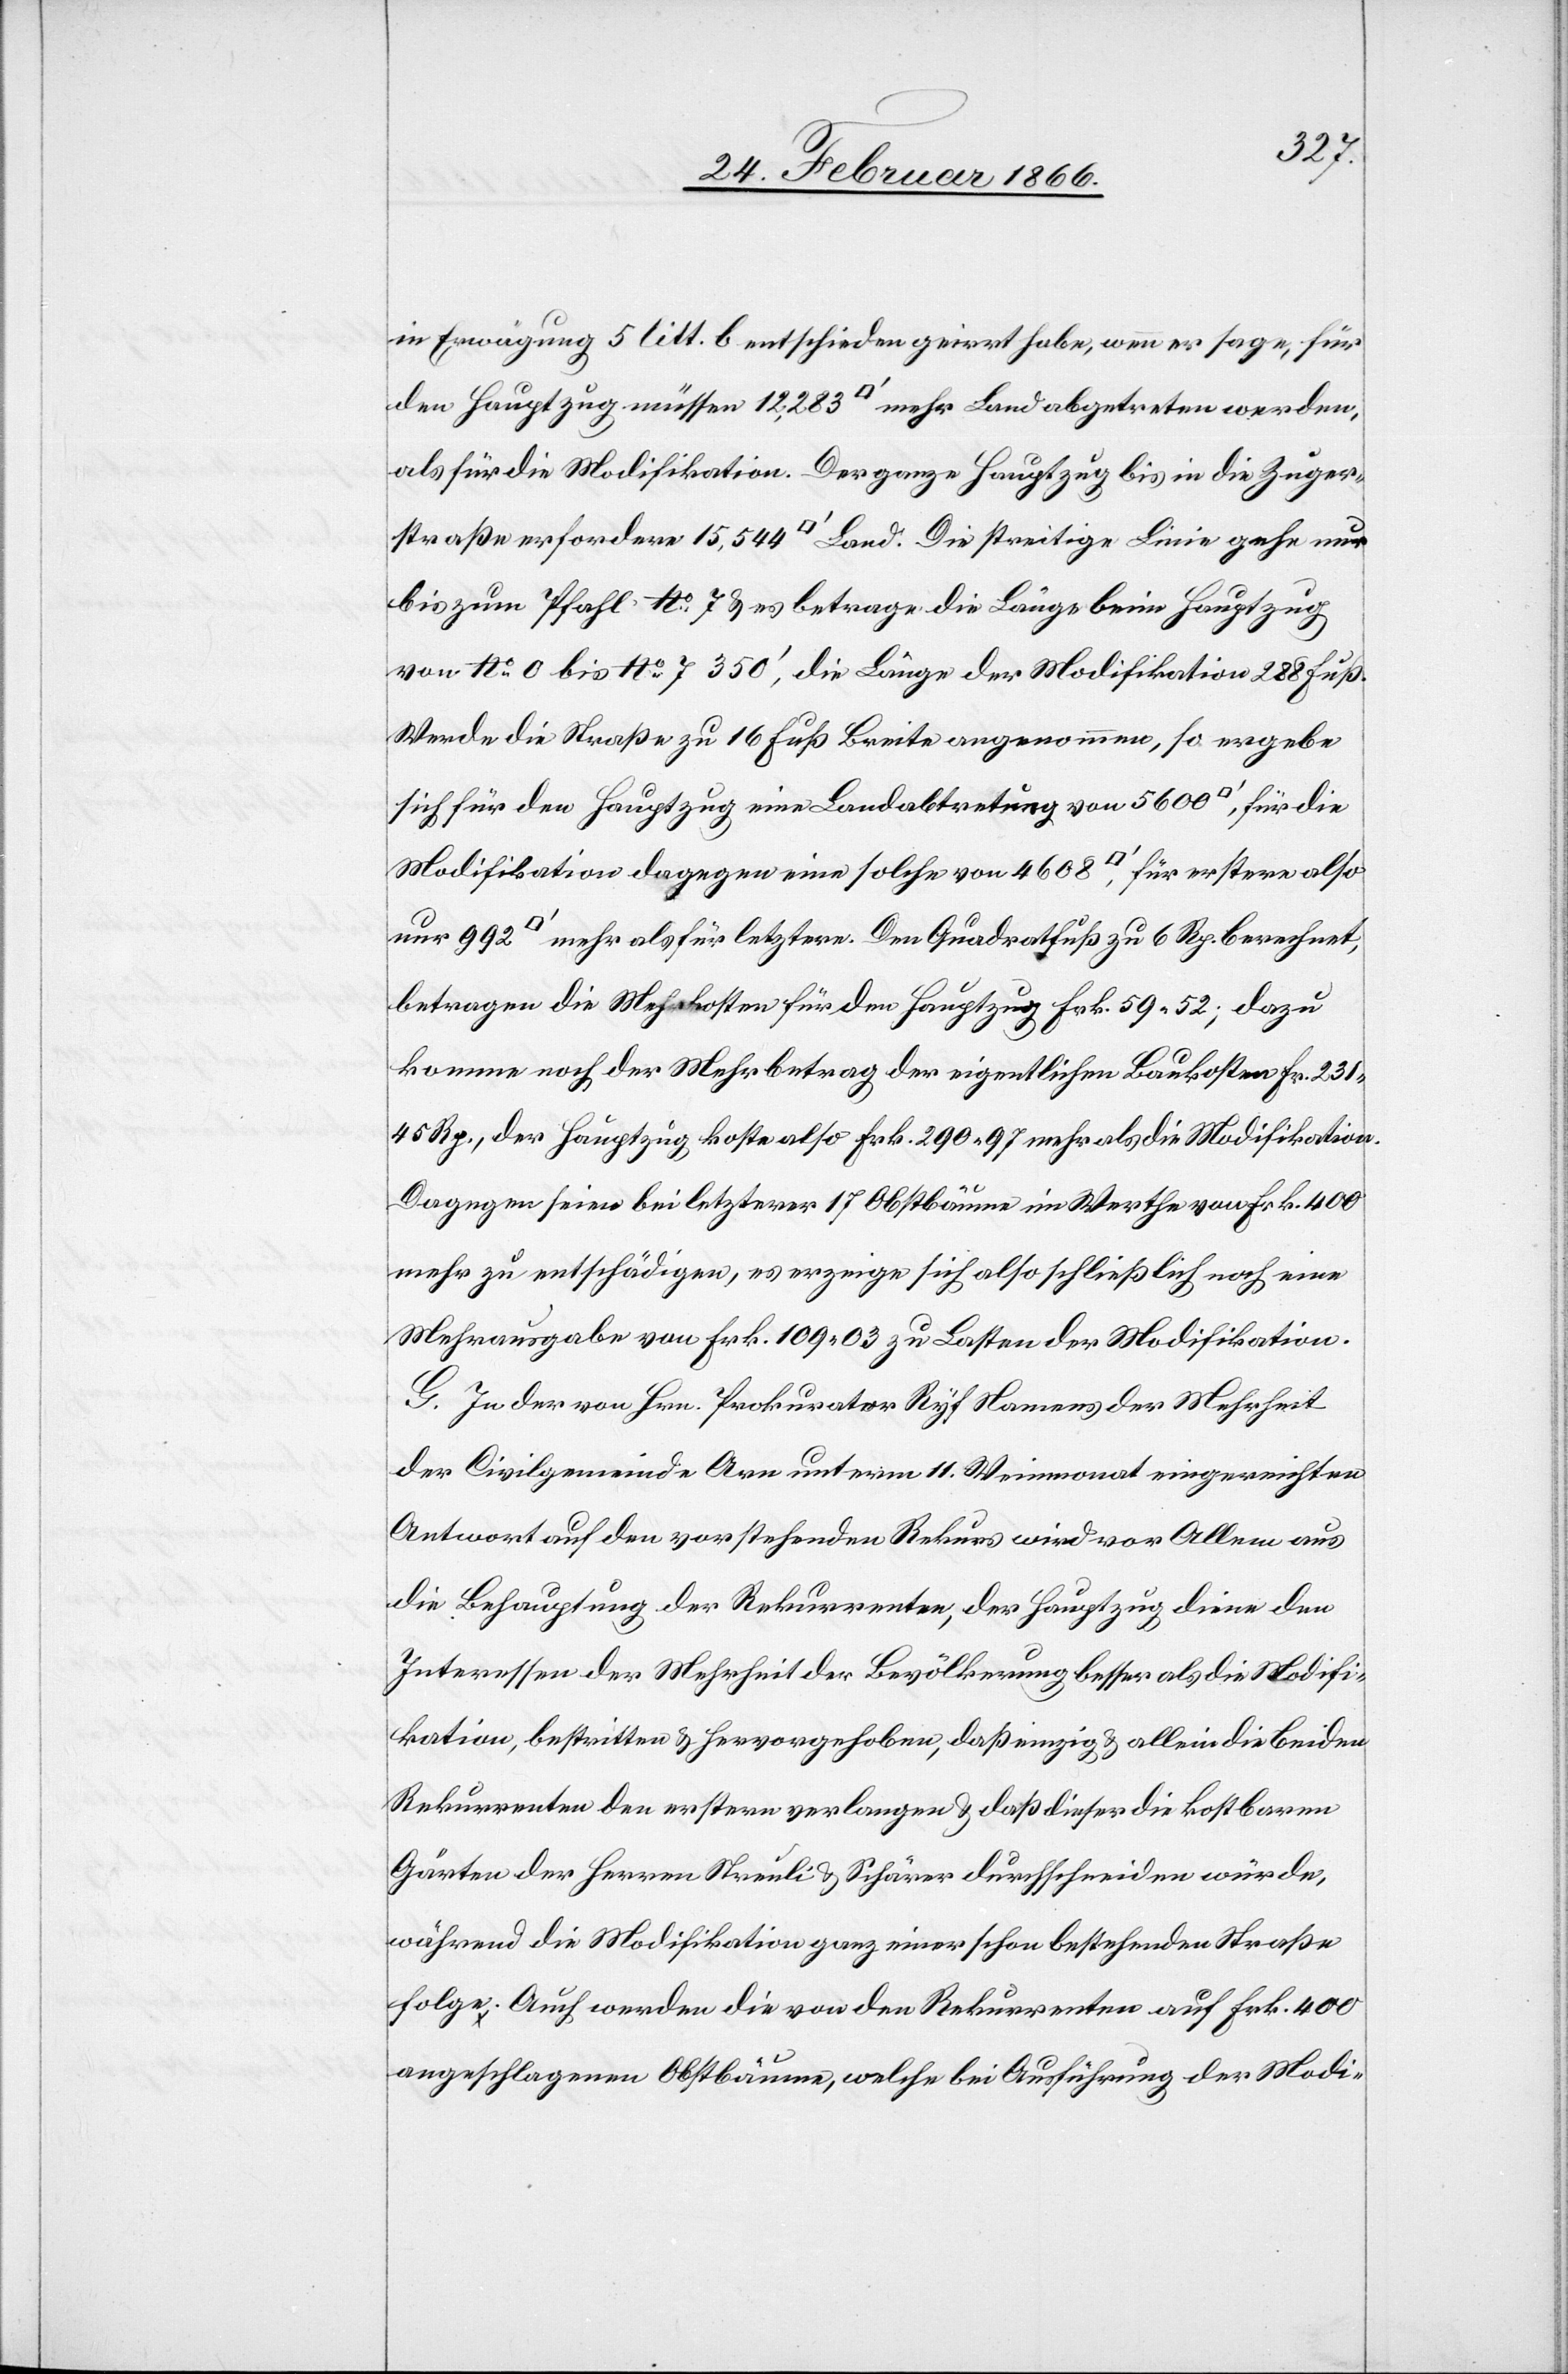
in Erwägung 5 litt. b entschieden geirrt habe, wenn er sage, für
den Hauptzug müssen 12 283 [Quadratfuß] mehr Land abgetreten werden,
als für die Modifikation. Der ganze Hauptzug bis in die Zuger¬
straße erfordere 15 544 [Quadratfuß] Land. Die streitige Linie gehe nur
bis zum Pfahl No. 7 u. es betrage die Länge beim Hauptzug
von No. 0 bis No. 7 350‘, die Länge der Modifikation 288 Fuß.
Werde die Straße zu 16 Fuß Breite angenommen, so ergebe
sich für den Hauptzug eine Landabtretung von 5600 [Quadratfuß], für die
Modifikation dagegen eine solche von 4608 [Quadratfuß], für erstern also
[Quadratfuß] mehr als für letztern. Den Quadratfuß zu 6 Rp. berechnet
betragen die Mehrkosten für den Hauptzug Frk. 59 52, dazu
komme noch der Mehrbetrag der eigentlichen Baukosten Fr. 231
45 Rp., der Hauptzug koste also Frk. 290 97 mehr als die Modifikation.
Dagegen seien bei letzterer 17 Obstbäume im Werthe von Frk. 400
mehr zu entschädigen, es erzeige sich also schließlich noch eine
Mehrausgabe von Frk. 109 03 zu Lasten der Modifikation.
G. In der von Hrn. Prokurator Ryf Namens der Mehrheit
der Civilgemeinde Arn unterm 11. Weinmonat eingereichten
Antwort auf den vorstehenden Rekurs wird vor Allem aus
die Behauptung der Rekurrenten, der Hauptzug diene den
Interessen der Mehrheit der Bevölkerung besser als die Modifi¬
kation, bestritten u. hervorgehoben, daß einzig u. allein die beiden
Rekurrenten den erstern verlangen u. daß dieser die kostbaren
Gärten der Herren Streuli u. Schärer durchschneiden würde,
während die Modifikation ganz einer schon bestehenden Straße
folge. Auch werden die von den Rekurrenten auf Frk. 400
angeschlagenen Obstbäume, welche bei Ausführung der Modi-